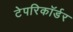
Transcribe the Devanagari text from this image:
टेपरिकॉर्डर